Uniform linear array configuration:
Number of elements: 16
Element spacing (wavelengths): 0.25
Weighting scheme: exponential
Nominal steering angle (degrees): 60
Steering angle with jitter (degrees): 61.204
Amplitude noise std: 0.05
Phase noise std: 0.05

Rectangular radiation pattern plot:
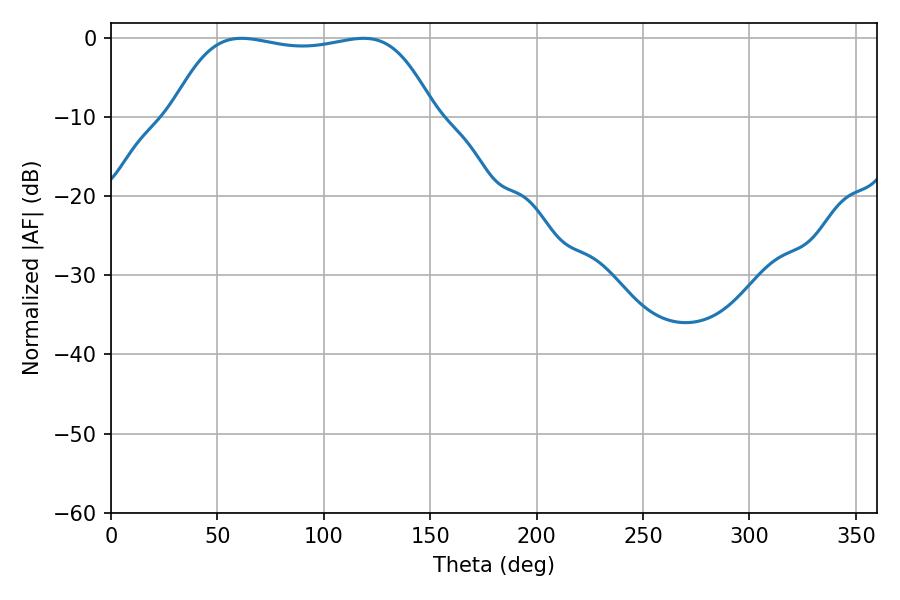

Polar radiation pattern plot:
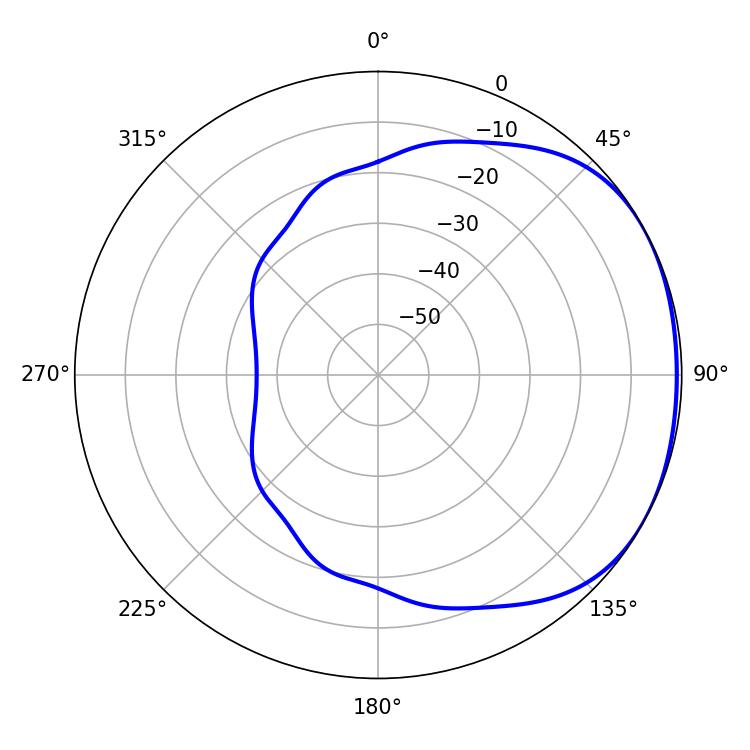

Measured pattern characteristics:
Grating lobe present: FALSE
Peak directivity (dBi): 1.531
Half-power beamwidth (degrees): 97.56
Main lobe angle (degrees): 61.38